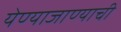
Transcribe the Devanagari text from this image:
येण्याजाण्याची